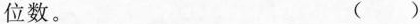
位数。 ( )